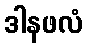
ဒါနဖလံ